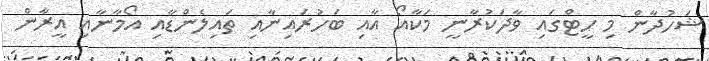
ޝަހުދާން މި ހީޓްގައި ވާދަކުރާނީ މަކާއޯ އާއި ބަހުރައިނާއި ތައިލެންޑާއި އޯމާނާއި އީރާން